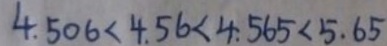
4 . 5 0 6 < 4 . 5 6 < 4 . 5 6 5 < 5 . 6 5